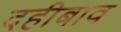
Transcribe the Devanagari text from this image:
दहीबाव